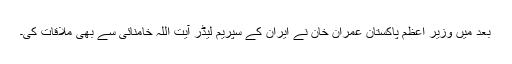
بعد میں وزیر اعظم پاکستان عمران خان نے ایران کے سپریم لیڈر آیت اللہ خامنائی سے بھی ملاقات کی۔